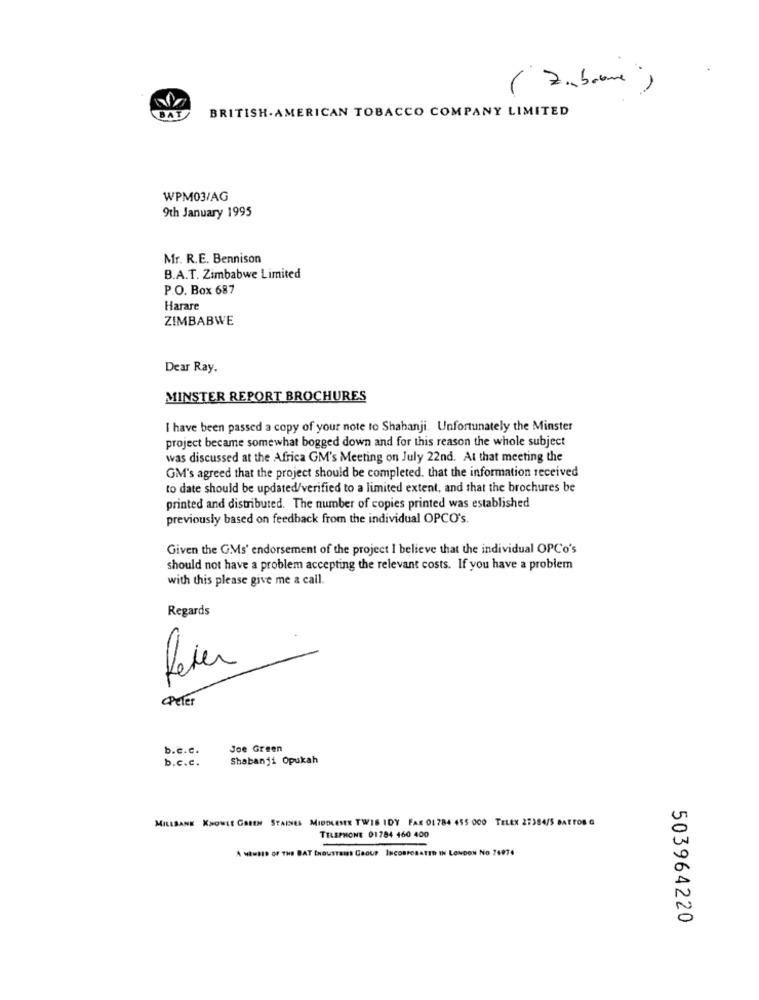
DAT
BRITISH AMERICAN TOBACCO COMPANY LIMITED
WPM03/AG
9th January 1995
Mr. R.E. Bennison
B.A.T. Zimbabwe Limited
P.O. Box 687
Harare
ZIMBABWE
Dear Ray.
MINSTER REPORT BROCHURES
I have been passed a copy of your note to Shahanji. Unfortunately the Minster
project became somewhat bogged down and for this reason the whole subject
was discussed at the Africa GM's Meeting on July 22nd. At that meeting the
GM's agreed that the project should be completed. that the information received
to date should be updated/verified to a limited extent, and that the brochures be
printed and distributed. The number of copies printed was established
previously based on feedback from the individual OPCO's.
Given the GMs' endorsement of the project I believe that the individual OPCo's
should not have a problem accepting the relevant costs. If you have a problem
with this please give me a call.
Regards
fever
Peter
b.c.c.
Joe Green
b.c.c.
Shabanji Opukah
MILLSANE KNOWLE GAREN STARNES MIDDLESEX TWIS IDY FAX 01 784 455 000 TELEX 27384/5 BAFTOR G
TELEPHONE 01784 460 400
A MEMBER OF THE
AT INDUSTRIES GROUP INCORPORATED IN LONDON NO 74974
503964220